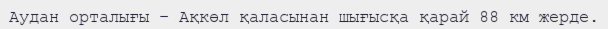
Аудан орталығы – Ақкөл қаласынан шығысқа қарай 88 км жерде.